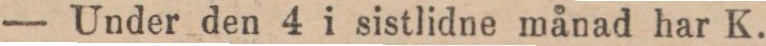
— Under den 4 i sistlidne månad har K.